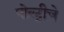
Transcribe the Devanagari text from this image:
पोल्ट्रीचे